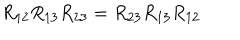
R _ { 1 2 } R _ { 1 3 } R _ { 2 3 } = R _ { 2 3 } R _ { 1 3 } R _ { 1 2 }